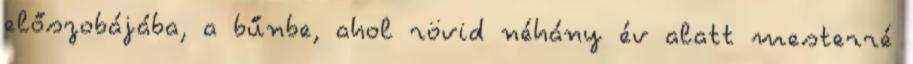
előszobájába, a bűnbe, ahol rövid néhány év alatt mesterré